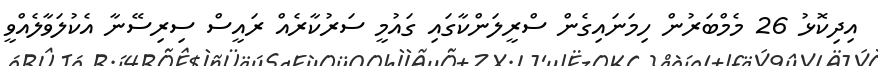
އިދިކޮޅު 26 މެމްބަރުން ހިމަނައިގެން ސްރީލަންކާގައި ގައުމީ ސަރުކާރެއް ރައީސް ސިރިސޭނާ އެކުލަވާލެއްވީ